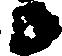
候